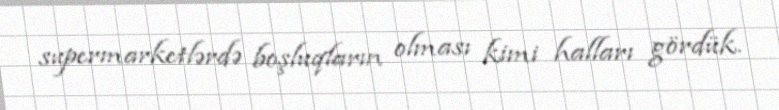
supermarketlərdə boşluqların olması kimi halları gördük.